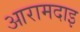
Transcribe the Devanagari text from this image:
आरामदाइ